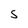
Character: S